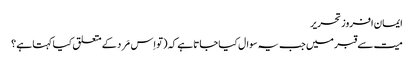
ایمان افروز تحریر
میت سے قبر میں جب یہ سوال کیا جاتا ہے کہ (تو اِس مَرد کے متعلق کیا کہتا ہے ؟